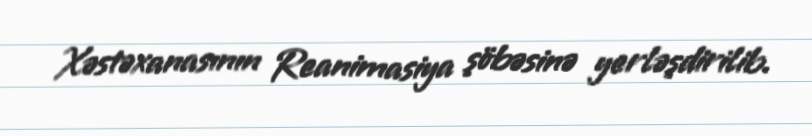
Xəstəxanasının Reanimasiya şöbəsinə yerləşdirilib.